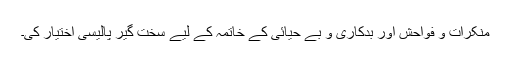
منکرات و فواحش اور بدکاری و بے حیائی کے خاتمہ کے لیے سخت گیر پالیسی اختیار کی۔